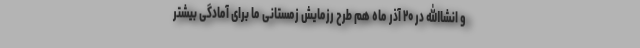
و انشاالله در ۲۰ آذر ماه هم طرح رزمایش زمستانی ما برای آمادگی بیشتر